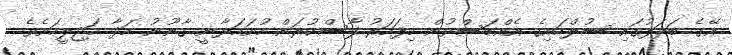
އޭގެ ބަދަލުގައި ސުލްހައިގެ އެއްބަސްވުން މިފަހަރު ފާސްކުރަން ހުށަހަޅާނީ ގާނޫނު ހަދާ މަޖިލީހަށެވެ.